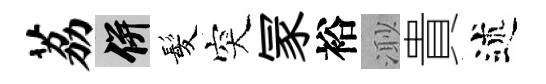
荔并髪突冡裕𣺌貴述